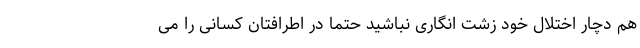
هم دچار اختلال خود زشت انگاری نباشید حتما در اطرافتان کسانی را می